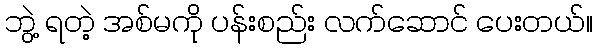
ဘွဲ့ ရတဲ့ အစ်မကို ပန်းစည်း လက်ဆောင် ပေးတယ်။